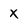
Character: x